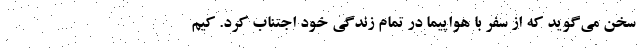
سخن می‌گوید که از سفر با هواپیما در تمام زندگی خود اجتناب کرد. کیم